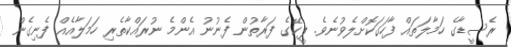
ރެސީޑާގެ ހަމާލަތައް ފާހަގަކޮށްލެވުނެވެ. ޕީކޭގެ ފަރާތުން ފެނުނު އެންމެ ނުރައްކާތެރި ހަމަލާއެއް ފެނިގެން